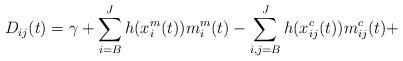
LaTeX: \begin{align*}D_{ij}(t)=\gamma+\sum_{i=B}^Jh(x_i^m(t))m_i^m(t)-\sum_{i,j=B}^Jh(x_{ij}^c(t))m_{ij}^c(t)+\end{align*}